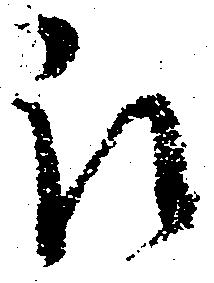
被